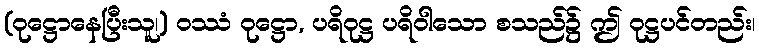
(ဝုဋ္ဌောနေပြီးသူ၊) ဝဿံ ဝုဋ္ဌော, ပရိဝုဋ္ဌ ပရိဝါသော စသည်၌ ဤ ဝုဋ္ဌပင်တည်း၊